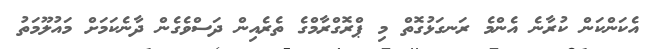
އެކަންކަން ކުރާނެ އެންމެ ރަނގަޅުގޮތް މި ޕްރޮގްރާމްގެ ތެރެއިން ދަސްވެގެން ދާނެކަމަށް މައުލޫމަތު